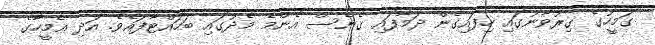
ގަމީހުގެ ގިރުވާނުގައި ހިފައިގެން ދަމާފައި ގެނެސް އެންމެ މެދުގައި ބަހައްޓާފައެވެ. އަދި އެމީހާގެ